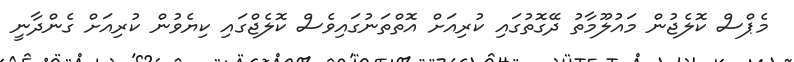
މެޕްސް ކޮލެޖުން މައުލޫމާތު ދޭގޮތުގައި ކުރިއަށް އޮތްތަނުގައިވެސް ކޮލެޖްގައި ކިޔެވުން ކުރިއަށް ގެންދާނީ